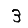
Digit: 3